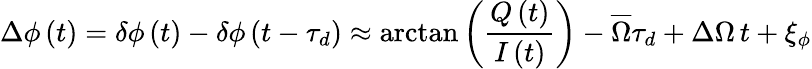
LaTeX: \Delta\phi\left(t\right)=\delta\phi\left(t\right)-\delta\phi\left(t-\tau_{d}\right)\approx\arctan\left(\frac{Q\left(t\right)}{I\left(t\right)}\right)-\overline{{\Omega}}\tau_{d}+\Delta\Omega\, t+\xi_{\phi}